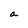
Character: a